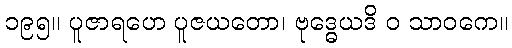
၁၉၅။ ပူဇာရဟေ ပူဇယတော၊ ဗုဒ္ဓေယဒိ ဝ သာဝကေ။